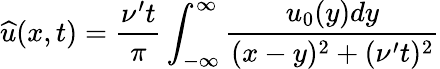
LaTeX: \widehat{u}(x,t)=\frac{\nu^{\prime}t}{\pi}\int_{-\infty}^{\infty}\frac{u_{0}(y)dy}{(x-y)^{2}+(\nu^{\prime}t)^{2}}